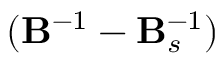
( \mathbf { B } ^ { - 1 } - \mathbf { B } _ { s } ^ { - 1 } )